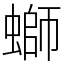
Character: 螄